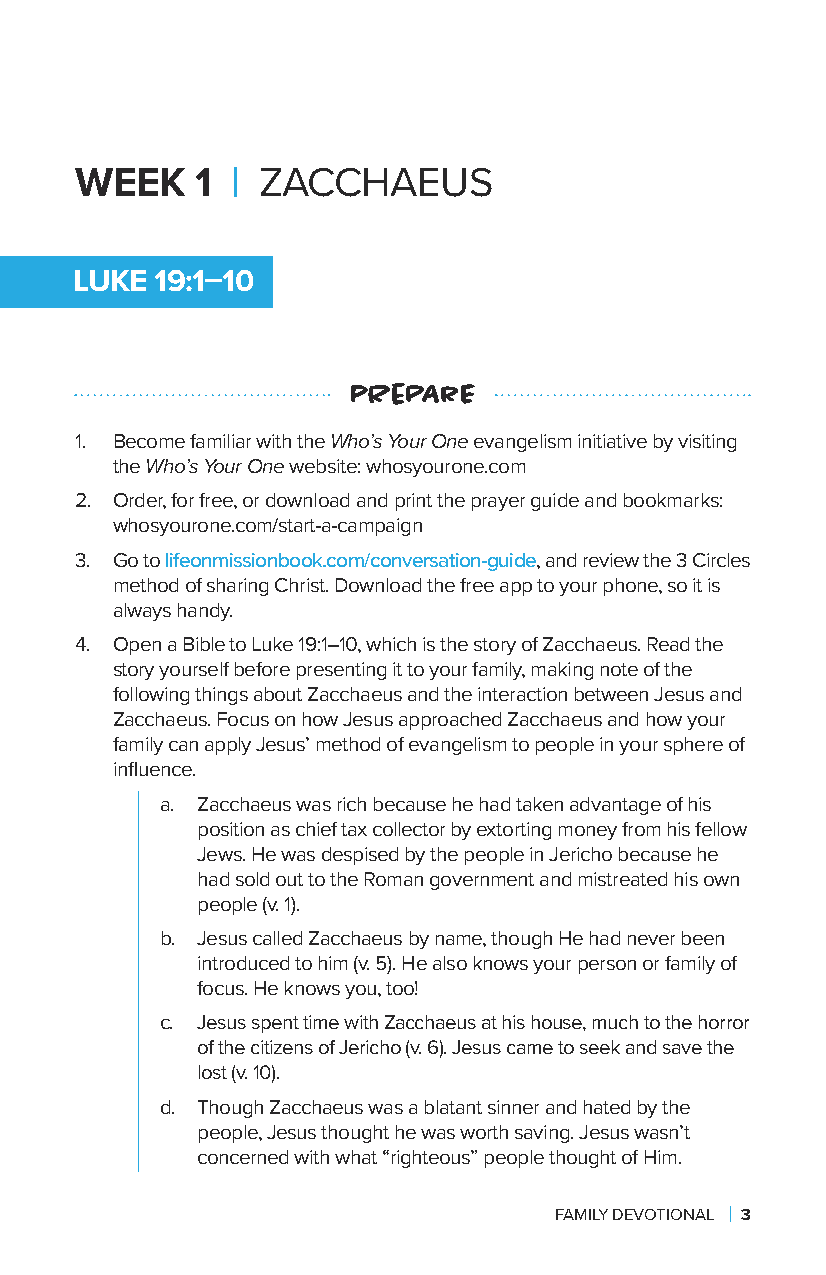
WEEK    1 | ZACCHAEUS
 LUKE 19:1–10
 pRePArE
 1. Become familiar with the Who’s Your One evangelism initiative by visiting
 the Who’s Your One website: whosyourone.com
 2. Order, for free, or download and print the prayer guide and bookmarks:
 whosyourone.com/start-a-campaign
 3. Go to lifeonmissionbook.com/conversation-guide, and review the 3 Circles
 method of sharing Christ. Download the free app to your phone, so it is
 always handy.
 4. Open a Bible to Luke 19:1–10, which is the story of Zacchaeus. Read the
 story yourself before presenting it to your family, making note of the
 following things about Zacchaeus and the interaction between Jesus and
 Zacchaeus. Focus on how Jesus approached Zacchaeus and how your
 family can apply Jesus’ method of evangelism to people in your sphere of
 influence.
 a. Zacchaeus was rich because he had taken advantage of his
 position as chief tax collector by extorting money from his fellow
 Jews. He was despised by the people in Jericho because he
 had sold out to the Roman government and mistreated his own
 people (v. 1).
 b. Jesus called Zacchaeus by name, though He had never been
 introduced to him (v. 5). He also knows your person or family of
 focus. He knows you, too!
 c. Jesus spent time with Zacchaeus at his house, much to the horror
 of the citizens of Jericho (v. 6). Jesus came to seek and save the
 lost (v. 10).
 d. Though Zacchaeus was a blatant sinner and hated by the
 people, Jesus thought he was worth saving. Jesus wasn’t
 concerned with what “righteous” people thought of Him.
 FAMILY DEVOTIONAL | 3